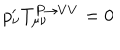
p _ { \nu } ^ { \prime } T _ { \mu \nu } ^ { P \rightarrow V V } = 0